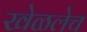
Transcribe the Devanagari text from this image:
खेळलेच